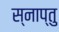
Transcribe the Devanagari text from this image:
स्नाप्तु